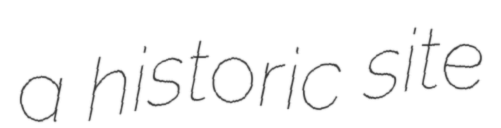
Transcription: a historic site